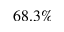
6 8 . 3 \%